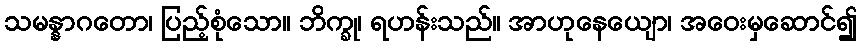
သမန္နာဂတော၊ ပြည့်စုံသော။ ဘိက္ခု၊ ရဟန်းသည်။ အာဟုနေယျော၊ အဝေးမှဆောင်၍